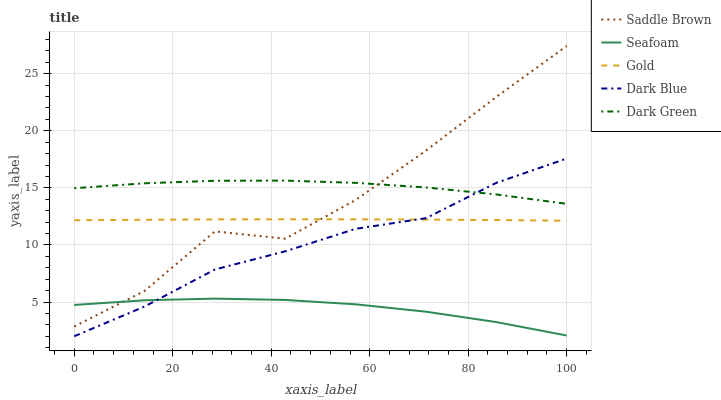
| xaxis_label | Saddle Brown | Seafoam | Gold | Dark Blue | Dark Green |
 | --- | --- | --- | --- | --- | --- |
 | 0 | 2.85 | 4.74 | 12.2 | 2 | 15 |
 | 14.3 | 5.97 | 5.15 | 12.2 | 4.6 | 15.4 |
 | 28.6 | 11.2 | 5.3 | 12.2 | 7.85 | 15.6 |
 | 42.9 | 10.5 | 5.18 | 12.2 | 9.44 | 15.6 |
 | 57.1 | 13.9 | 4.8 | 12.2 | 11.4 | 15.4 |
 | 71.4 | 18.3 | 4.15 | 12.2 | 12.3 | 15 |
 | 85.7 | 23 | 3.24 | 12.2 | 15.4 | 14.4 |
 | 100 | 27.4 | 2.07 | 12.1 | 17.6 | 13.6 |